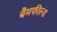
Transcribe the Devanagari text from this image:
बैमफील्ड